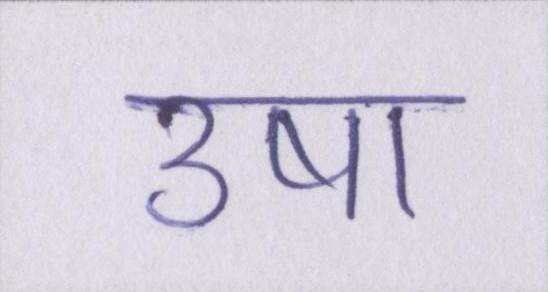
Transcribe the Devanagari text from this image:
उषा